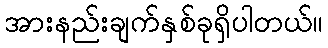
အားနည်းချက်နှစ်ခုရှိပါတယ်။